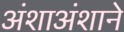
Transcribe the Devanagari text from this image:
अंशाअंशाने